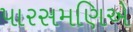
પારસમણિએ